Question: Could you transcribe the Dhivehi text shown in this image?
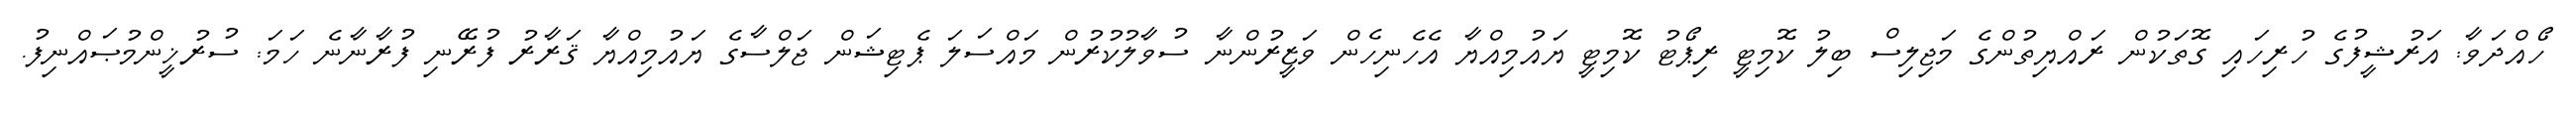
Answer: ހޯއްދަވާ: އަރުޝީފުގެ ހުރިހައި ގޮތަކުން ރައްޔިތުންގެ މަޖިލިސް ބިލު ކޮމިޓީ ރިޕޯޓު ކޮމިޓީ ޔައުމިއްޔާ އެހެނިހެން ވަޒީރުންނާ ސުވާލުކުރުން މައްސަލަ ޕެޓިޝަން ޖަލްސާގެ ޔައުމިއްޔާ ޤަރާރު ފުރޭނި ފުރާނާނެ ހަމަ: ސުރުޚީންމުޞައްނިފު.